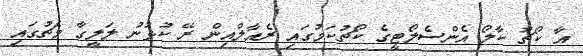
އާ ކޯޗު ކާލޯ އެންސެލޯޓީގެ ކޯޗުކަމުގައި ރެއާލްއިން ރޭ ކުޅުނު ލަލީގާ މެޗުގައި